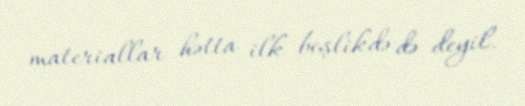
materiallar hətta ilk beşlikdə də deyil.